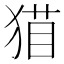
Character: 𰡝